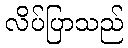
လိပ်ပြာသည်